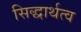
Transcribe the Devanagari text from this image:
सिद्धार्थत्व